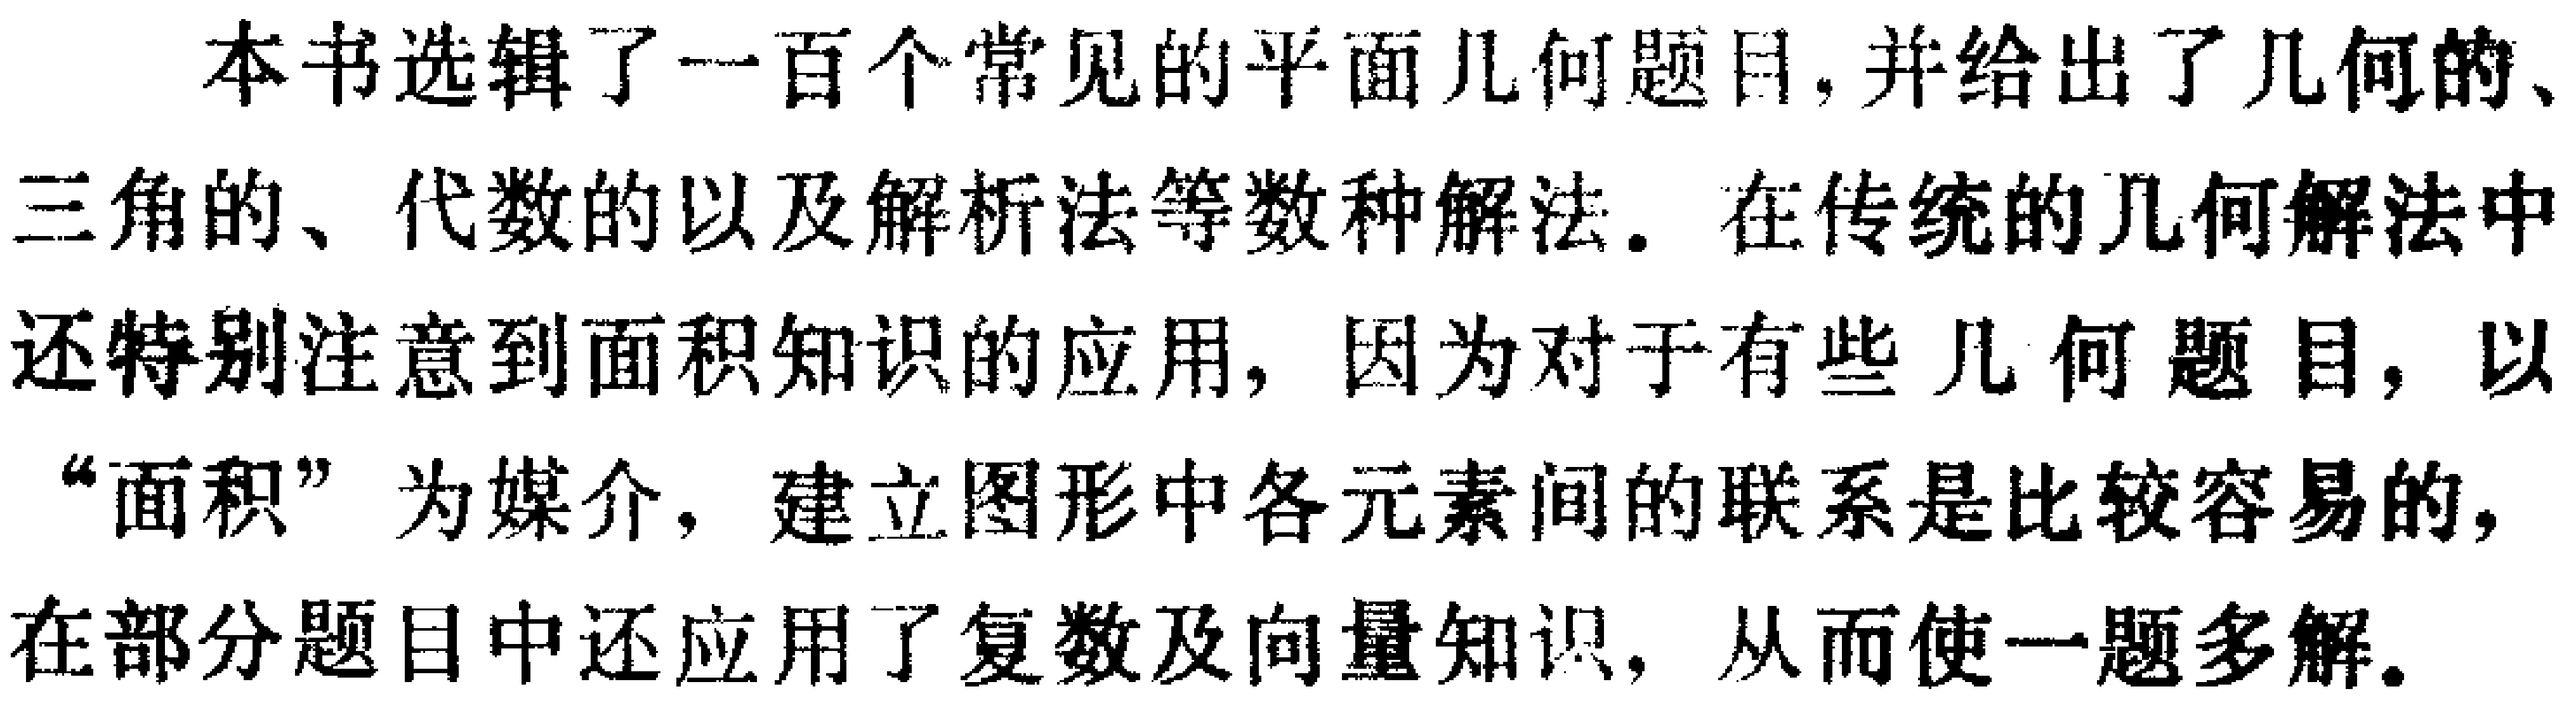
本书选辑了一百个常见的平面几何题目,并给出了几何的、三角的、代数的以及解析法等数种解法。在传统的几何解法中还特别注意到面积知识的应用, 因为对于有些几何题目, 以“面积”为媒介, 建立图形中各元素间的联系是比较容易的,在部分题目中还应用了复数及向量知识, 从而使一题多解。